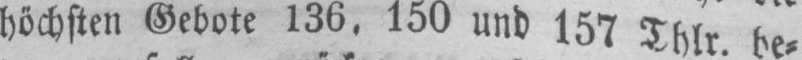
150 und 157 Thlr be⸗